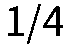
1/4